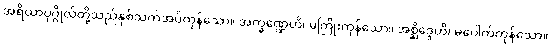
အရိယာပုဂ္ဂိုလ်တို့သည်နှစ်သက်အပ်ကုန်သော။ အက္ခဏ္ဍေဟိ၊ မကြိုးကုန်သော။ အစ္ဆိဒ္ဒေဟိ၊ မပေါက်ကုန်သော။